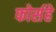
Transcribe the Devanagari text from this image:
फोर्सहे